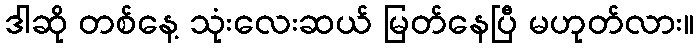
ဒါဆို တစ်နေ့ သုံးလေးဆယ် မြတ်နေပြီ မဟုတ်လား။